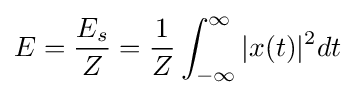
E={E_{s} \over Z}={1 \over Z}\int _{-\infty }^{\infty }{|x(t)|^{2}}dt